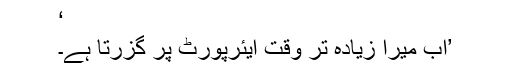
‘
’اب میرا زیادہ تر وقت ایئرپورٹ پر گزرتا ہے۔